Civil Veterinary Dept. North-West Frontier Province 1901-22 - 1901-1922
Year: 1901
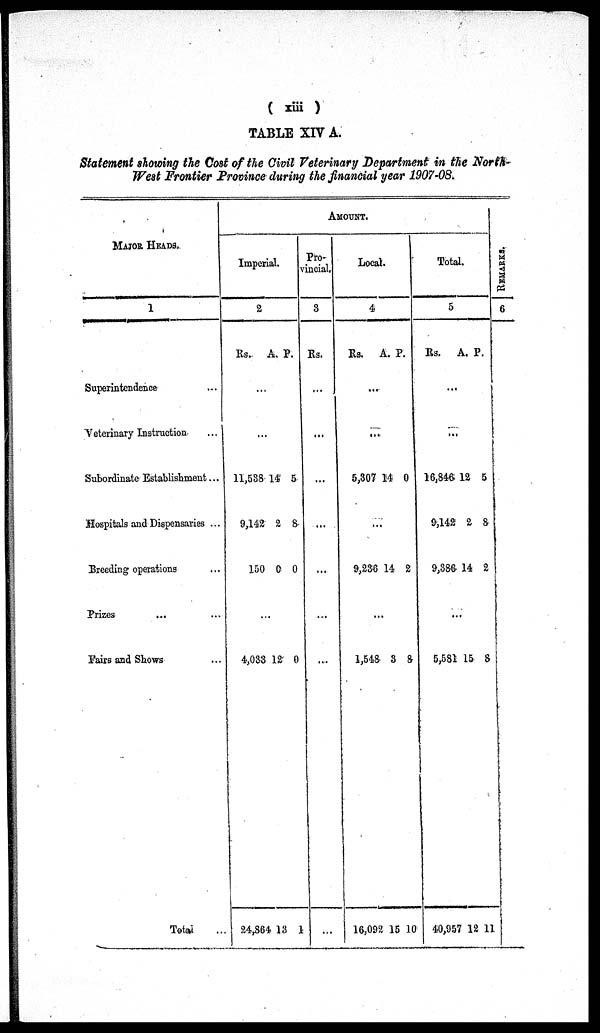
( xiii )
TABLE XIV A.
Statement showing the Cost of the Civil Veterinary Department in the North¬
West Frontier Province during the financial year 1907-08.
MAJOR HEADS.
1
Superintendence ...
Veterinary Instruction
...
Subordinate Establishment ...
Hospitals and Dispensaries ...
Breeding operations ...
Prizes ... ...
Fairs and Shows ...
Total ...
AMOUNT.
Imperial.
2
Rs.
11,538
9,142
150
4,033
24,864
A.
...
...
14
2
0
...
12
13
P.
5
8
0
0
1
Pro¬
vincial.
3
Rs.
...
...
...
...
...
....
...
...
Local.
4
Rs.
5,307
9,236
1,548
16,092
A.
...
...
14
...
14
...
3
15
P.
0
2
8
10
Total.
5
Rs.
18,846
9,142
9,386
5,581
40,957
A.
...
...
12
2
14
...
15
12
P.
5
8
2
8
11
RE MARKS .
6